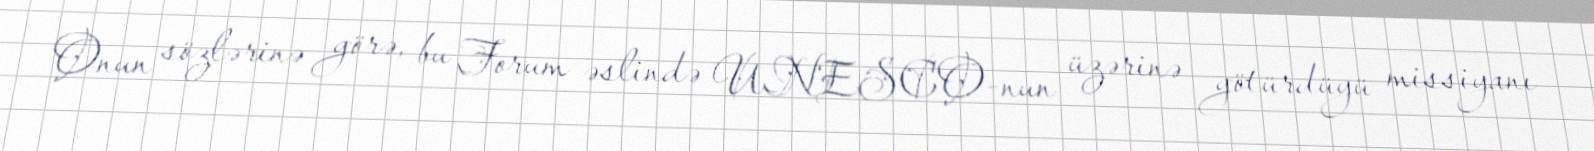
Onun sözlərinə görə, bu Forum əslində UNESCO-nun üzərinə götürdüyü missiyanı